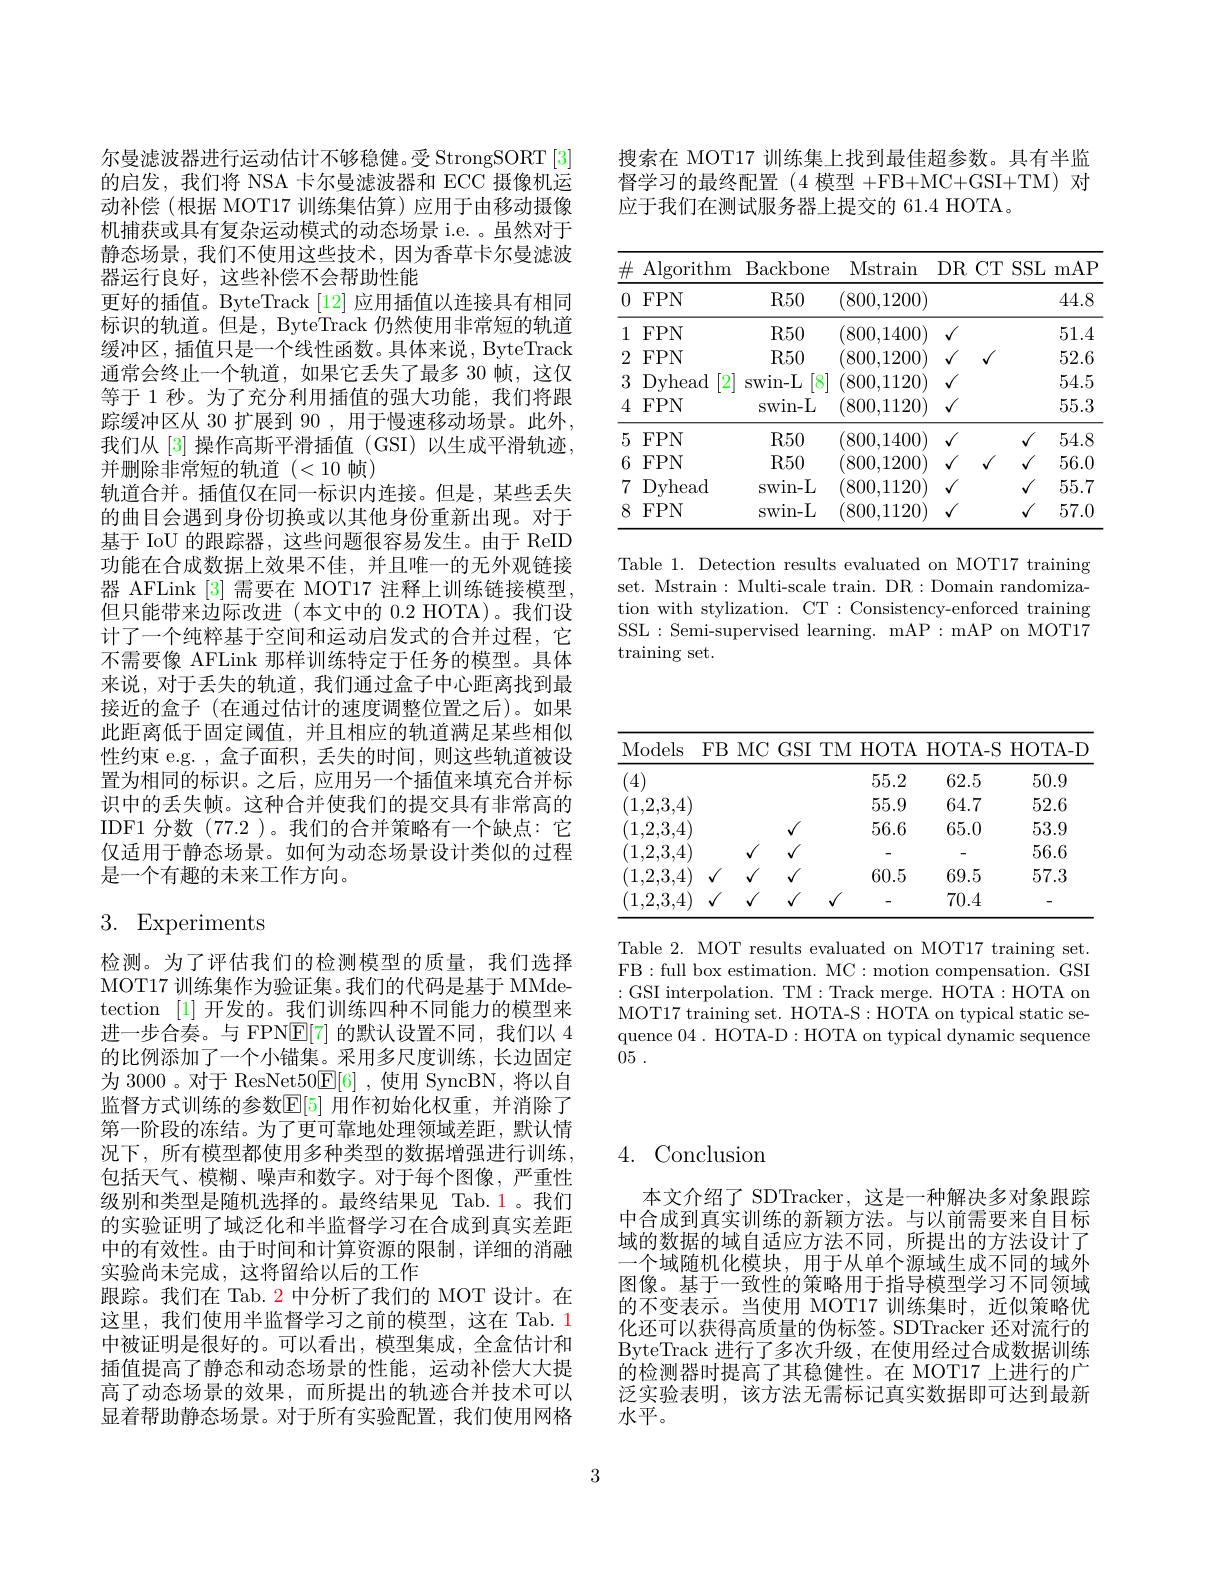
搜索在 MOT17 训练集上找到最佳超参数。具有半监督学习的最终配置(4 模型 +FB+MC+GSI+TM) 对应于我们在测试服务器上提交的 61.4 HOTA。

<table>
	<tbody>
		<tr>
			<th>$\#$ Algorithm</th>
			<th>Backbone</th>
			<th>Mstrain $DR$</th>
			<th>strain $DR$ $CTS$ 1</th>
			<th>$SSL$ mAP</th>
		</tr>
		<tr>
			<td>0 $FPN$</td>
			<td>R50</td>
			<td>(800,1200)</td>
			<td>),1200)</td>
			<td>44.8</td>
		</tr>
		<tr>
			<td>1 $FPN$</td>
			<td>R50</td>
			<td>(800,1400)</td>
			<td>1,1400)</td>
			<td>51.4</td>
		</tr>
		<tr>
			<td>2 $FPN$</td>
			<td>R50</td>
			<td>(800,1200)</td>
			<td>1200)</td>
			<td>52.6</td>
		</tr>
		<tr>
			<td>3 Dyhead 2</td>
			<td>swin- L 8</td>
			<td>(800,1120)</td>
			<td>1120)</td>
			<td>54.5</td>
		</tr>
		<tr>
			<td>4 $FPN$</td>
			<td>swin- L</td>
			<td>(800,1120)</td>
			<td>,1120)</td>
			<td>55.3</td>
		</tr>
		<tr>
			<td>5 $FPN$</td>
			<td>R50</td>
			<td>(800,1400)</td>
			<td>0,1400)</td>
			<td>54.8</td>
		</tr>
		<tr>
			<td>6 $FPN$</td>
			<td>R50</td>
			<td>800,1200)</td>
			<td>1200)</td>
			<td>56.0</td>
		</tr>
		<tr>
			<td>Dyhead 7</td>
			<td>swin- L</td>
			<td>(800,1120)</td>
			<td>1120)</td>
			<td>55.7</td>
		</tr>
		<tr>
			<td>8 $FPN$</td>
			<td>swin- L</td>
			<td>(800,1120)</td>
			<td>1120)</td>
			<td>57.0</td>
		</tr>
	</tbody>
</table>

Table 1. Detection results evaluated on MOT17 training set. Mstrain : Multi-scale train. DR: Domain randomization with stylization. CT : Consistency-enforced training SSL: Semi-supervised learning. mAP: mAP on MOT17 training set.

尔曼滤波器进行运动估计不够稳健。受 StrongSORT [3] 的启发，我们将 NSA 卡尔曼滤波器和 ECC 摄像机运动补偿(根据 MOT17 训练集估算)应用于由移动摄像机捕获或具有复杂运动模式的动态场景 i.e. 。虽然对于静态场景，我们不使用这些技术，因为香草卡尔曼滤波器运行良好，这些补偿不会帮助性能
更好的插值。ByteTrack [12] 应用插值以连接具有相同标识的轨道。但是，ByteTrack 仍然使用非常短的轨道缓冲区，插值只是一个线性函数。具体来说，ByteTrack 通常会终止一个轨道，如果它丢失了最多 30 帧，这仅等于 1 秒。为了充分利用插值的强大功能，我们将跟踪缓冲区从 30 扩展到 90 ,用于慢速移动场景。此外， 我们从 [3] 操作高斯平滑插值 (GSI) 以生成平滑轨迹， 并删除非常短的轨道(<10 帧)
轨道合并。插值仅在同一标识内连接。但是，某些丢失的曲目会遇到身份切换或以其他身份重新出现。对于基于 IoU 的跟踪器，这些问题很容易发生。由于 ReID 功能在合成数据上效果不佳，并且唯一的无外观链接器 AFLink [3] 需要在 MOT17 注释上训练链接模型， 但只能带来边际改进(本文中的 0.2 HOTA)。我们设计了一个纯粹基于空间和运动启发式的合并过程，它不需要像 AFLink 那样训练特定于任务的模型。具体来说，对于丢失的轨道，我们通过盒子中心距离找到最接近的盒子 (在通过估计的速度调整位置之后)。如果此距离低于固定阈值，并且相应的轨道满足某些相似性约束 e.g. , 盒子面积，丢失的时间，则这些轨道被设置为相同的标识。之后，应用另一个插值来填充合并标识中的丢失帧。这种合并使我们的提交具有非常高的IDF1 分数 (77.2 )。我们的合并策略有一个缺点：它仅适用于静态场景。如何为动态场景设计类似的过程是一个有趣的未来工作方向。

# 3. Experiments

检测。为了评估我们的检测模型的质量，我们选择MOT17 训练集作为验证集。我们的代码是基于 MMdetection [1]开发的。我们训练四种不同能力的模型来进一步合奏。与 FPNE[7]的默认设置不同，我们以 4的比例添加了一个小锚集。采用多尺度训练，长边固定为 3000。对于 ResNet50E[6],使用 SyncBN,将以自监督方式训练的参数$\mathbb{E}[5]$ 用作初始化权重，并消除了第一阶段的冻结。为了更可靠地处理领域差距，默认情况下，所有模型都使用多种类型的数据增强进行训练， 包括天气、模糊、噪声和数字。对于每个图像，严重性级别和类型是随机选择的。最终结果见 Tab.1。我们的实验证明了域泛化和半监督学习在合成到真实差距中的有效性。由于时间和计算资源的限制，详细的消融实验尚未完成，这将留给以后的工作
跟踪。我们在 Tab. 2 中分析了我们的 MOT 设计。在这里，我们使用半监督学习之前的模型，这在 Tab.1中被证明是很好的。可以看出，模型集成，全盒估计和插值提高了静态和动态场景的性能，运动补偿大大提高了动态场景的效果，而所提出的轨迹合并技术可以显着帮助静态场景。对于所有实验配置，我们使用网格

<table>
	<tbody>
		<tr>
			<th>Models FB</th>
			<th>$\Gamma M$ HOTA</th>
			<th>HOTA- S</th>
			<th>HOTA- D</th>
		</tr>
		<tr>
			<th>4</th>
			<th>55.2</th>
			<th>62.5</th>
			<th>50.9</th>
		</tr>
		<tr>
			<td>$^{\prime}1,2,3,4$</td>
			<td>55.9</td>
			<td>64.7</td>
			<td>52.6</td>
		</tr>
		<tr>
			<td>$^{\prime}1,2,3,4$</td>
			<td>56.6</td>
			<td>65.0</td>
			<td>53.9</td>
		</tr>
		<tr>
			<td>1,2,3,4</td>
			<td> </td>
			<td> </td>
			<td>56.6</td>
		</tr>
		<tr>
			<td>$^{\prime}1,2,3,4]$</td>
			<td>60.5</td>
			<td>69.5</td>
			<td>57.3</td>
		</tr>
		<tr>
			<td>(1,2,3,4)</td>
			<td>$√$</td>
			<td>70.4</td>
			<td> </td>
		</tr>
	</tbody>
</table>

Table 2. MOT results evaluated on MOT17 training set. FB:full box estimation. MC: motion compensation. GSI :GSI interpolation. TM:Track merge. HOTA:HOTA on MOT17 training set. HOTA-S: HOTA on typical static sequence 04. HOTA-D: HOTA on typical dynamic sequence 05 .

# 4. Conclusion

本文介绍了 SDTracker, 这是一种解决多对象跟踪中合成到真实训练的新颖方法。与以前需要来自目标域的数据的域自适应方法不同，所提出的方法设计了一个域随机化模块，用于从单个源域生成不同的域外图像。基于一致性的策略用于指导模型学习不同领域的不变表示。当使用 MOT17 训练集时，近似策略优化还可以获得高质量的伪标签。SDTracker 还对流行的ByteTrack 进行了多次升级，在使用经过合成数据训练的检测器时提高了其稳健性。在 MOT17 上进行的广泛实验表明，该方法无需标记真实数据即可达到最新水平。

3